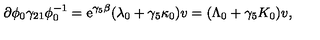
\partial \phi _ { 0 } \gamma _ { 2 1 } \phi _ { 0 } ^ { - 1 } = \mathrm { e } ^ { \gamma _ { 5 } \beta } ( \lambda _ { 0 } + \gamma _ { 5 } \kappa _ { 0 } ) v = ( \Lambda _ { 0 } + \gamma _ { 5 } K _ { 0 } ) v ,